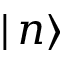
| \, n \rangle